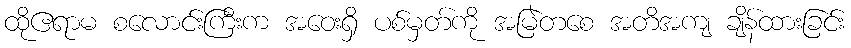
ထိုဧရာမ စလောင်းကြီးက အဝေးရှိ ပစ်မှတ်ကို အမြဲတစေ အတိအကျ ချိန်ထားခြင်း